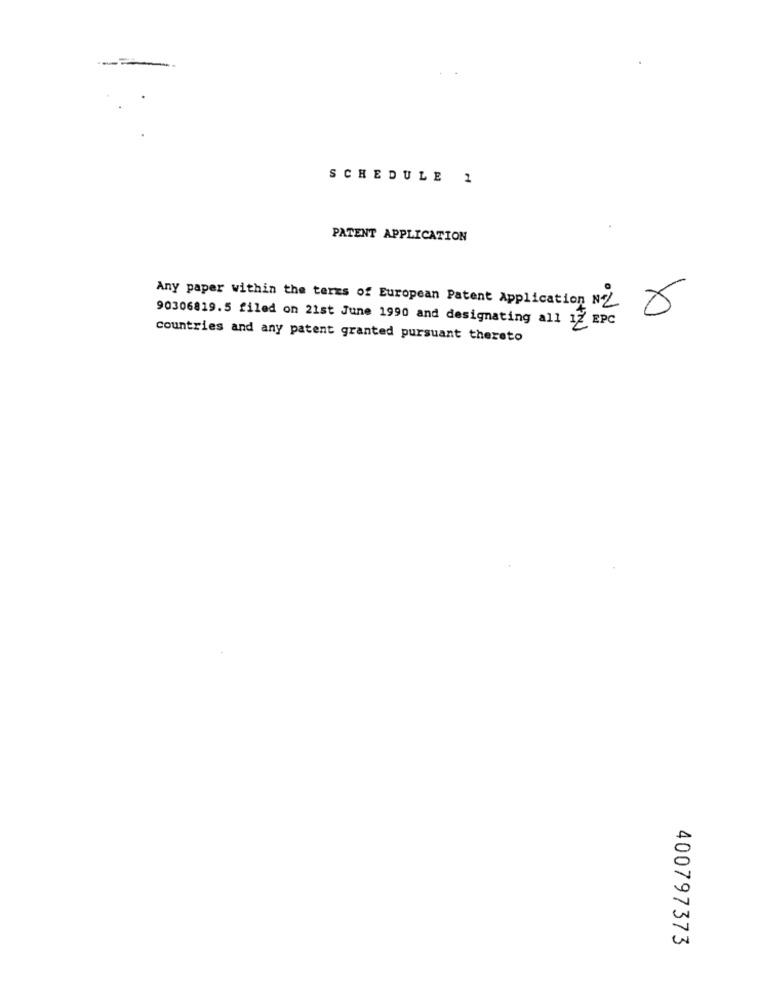
SCHEDULE 1
PATENT APPLICATION
Any paper within the terms of European Patent Application Nº2
90306819.5 filed on 21st June 1990 and designating all 17 EPC
countries and any patent granted pursuant thereto
400797373